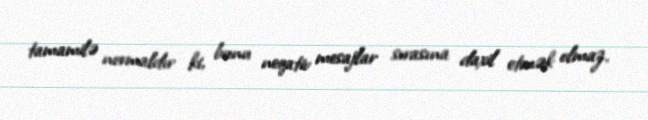
tamamilə normaldır ki, bunu neqativ mesajlar sırasına daxil etmək olmaz.